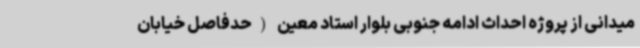
میدانی از پروژه احداث ادامه جنوبی بلوار استاد معین (حدفاصل خیابان